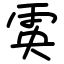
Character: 雵